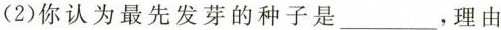
(2)你认为最先发芽的种子是___，理由